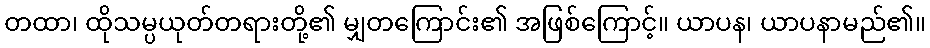
တထာ၊ ထိုသမ္ပယုတ်တရားတို့၏ မျှတကြောင်း၏ အဖြစ်ကြောင့်။ ယာပန၊ ယာပနာမည်၏။